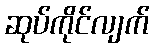
ဆုပ်ကိုင်လျက်